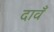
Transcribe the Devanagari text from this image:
दावँ